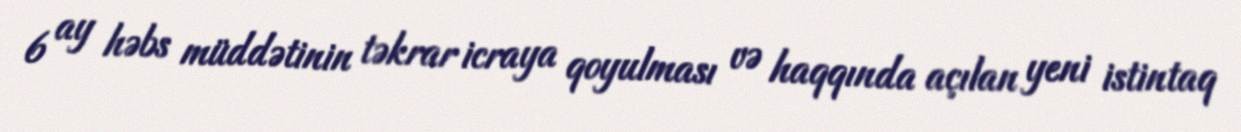
6 ay həbs müddətinin təkrar icraya qoyulması və haqqında açılan yeni istintaq